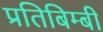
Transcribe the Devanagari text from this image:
प्रतिबिम्बी